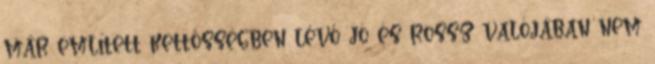
már említett kettősségben lévő jó és rossz valójában nem